Indian journal of veterinary science and animal husbandry - Volume 11,
Year: 1941
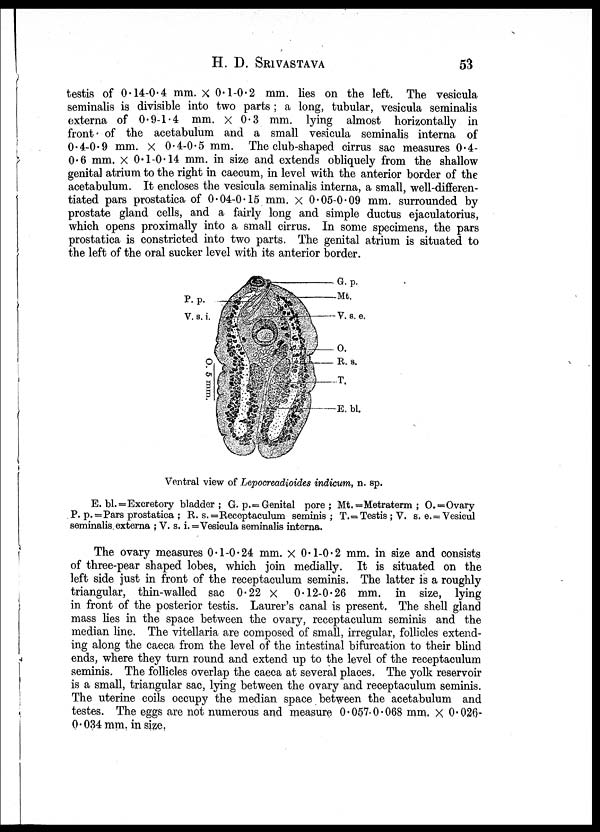
H. D.
SRIVASTAVA
53
testis of 0.14-0.4 mm. × 0.1-0.2 mm. lies on the left. The vesicula
seminalis is divisible into two parts ; a long, tubular, vesicula seminalis
externa of 0.9-1.4 mm. × 0.3 mm. lying almost horizontally in
front of the acetabulum and a small vesicula seminalis interna of
0.4-0.9 mm. × 0.4-0.5 mm. The club-shaped cirrus sac measures 0.4-
0.6 mm. × 0.1-0.14 mm. in size and extends obliquely from the shallow
genital atrium to the right in caecum, in level with the anterior border of the
acetabulum. It encloses the vesicula seminalis interna, a small, well-differen-
tiated pars prostatica of 0.04-0.15 mm. × 0.05-0.09 mm. surrounded by
prostate gland cells, and a fairly long and simple ductus ejaculatorius,
which opens proximally into a small cirrus. In some specimens, the pars
prostatica is constricted into two parts. The genital atrium is situated to
the left of the oral sucker level with its anterior border.
Ventral view of Lepocreadioides indicum, n. sp.
E. bl. =Excretory bladder ; G. p. = Genital pore ; Mt. =Metraterm ; O. =Ovary
P.p. = Pars prostatica ; R. s. = Receptaculum seminis ; T. = Testis; V. s. e. = Vesicul
seminalis externa ; V. s. i. = Vesicula seminalis interna.
The ovary measures 0.1-0.24 mm. × 0.1-0.2 mm. in size and consists
of three-pear shaped lobes, which join medially. It is situated on the
left side just in front of the receptaculum seminis. The latter is a roughly
triangular, thin-walled sac 0.22 × 0.12-0.26 mm. in size, lying
in front of the posterior testis. Laurer's canal is present. The shell gland
mass lies in the space between the ovary, receptaculum seminis and the
median line. The vitellaria are composed of small, irregular, follicles extend-
ing along the caeca from the level of the intestinal bifurcation to their blind
ends, where they turn round and extend up to the level of the receptaculum
seminis. The follicles overlap the caeca at several places. The yolk reservoir
is a small, triangular sac, lying between the ovary and receptaculum seminis.
The uterine coils occupy the median space between the acetabulum and
testes. The eggs are not numerous and measure 0.057-0.068 mm. × 0.026-
0.034 mm. in size.